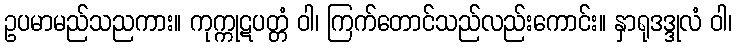
ဥပမာမည်သညကား။ ကုက္ကုဋပတ္တံ ဝါ၊ ကြက်တောင်သည်လည်းကောင်း။ နှာရုဒဒ္ဒုလံ ဝါ၊